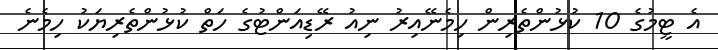
އެ ޓީމުގެ 10 ކުޅުންތެރިން ހިމެނޭއިރު ނިއު ރޭޑިއަންޓުގެ ހަތް ކުޅުންތެރިޔަކު ހިމެނެ